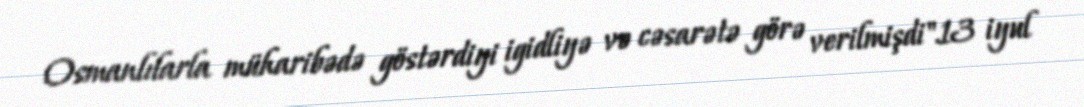
Osmanlılarla müharibədə göstərdiyi igidliyə və cəsarətə görə verilmişdi".13 iyul